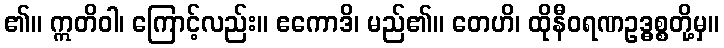
၏။ ဣတိဝါ၊ ကြောင့်လည်း။ ဧကောဒိ၊ မည်၏။ တေဟိ၊ ထိုနီဝရဏဥဒ္ဓစ္စတို့မှ။